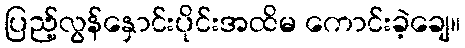
ပြည့်လွန်နှောင်းပိုင်းအထိမ ကောင်းခဲ့ချေ။